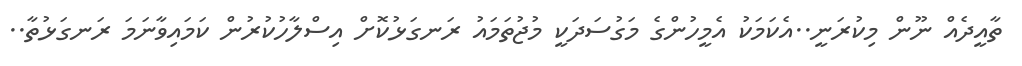
ތާއީދެއް ނޫން މިކުރަނީ..އެކަމަކު އެމީހުންގެ މަގުސަދަކީ މުޖުތަމައު ރަނގަޅުކޮށް އިސްލާހުކުރުން ކަމައިވާނަމަ ރަނގަޅުތާ..